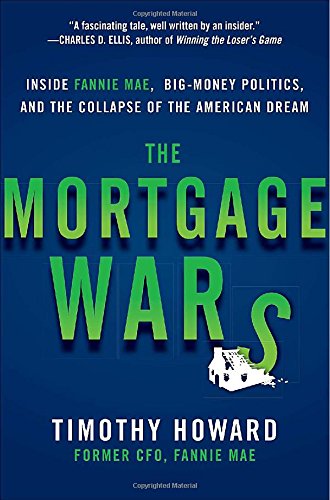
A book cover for The Mortgage Wars: Inside Fannie Mae, Big-Money Politics, and the Collapse of the American Dream; Timothy Howard; Business & Money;